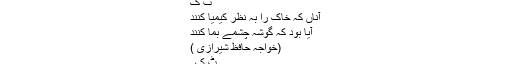
ٹ ک
آناں کہ خاک را بہ نظر کیمیا کنند
آیا بود کہ گوشہ چشمے بما کنند
(خواجہ حافظ شیرازی )
ٹ ک ۔